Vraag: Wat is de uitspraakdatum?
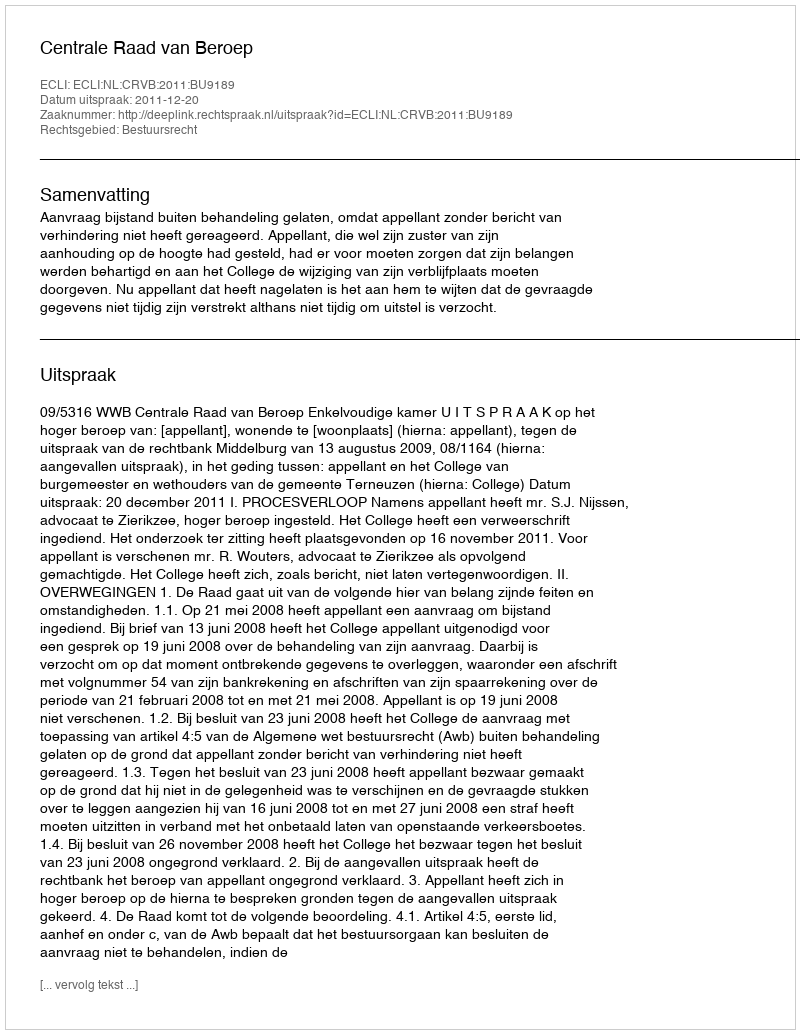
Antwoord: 2011-12-20